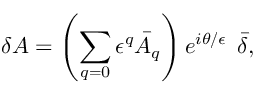
\delta A = \left( \sum _ { q = 0 } \epsilon ^ { q } \bar { A } _ { q } \right) e ^ { i \theta / { \epsilon } } \; \, \bar { \delta } ,